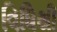
વિધિથી